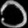
Digit: ၁